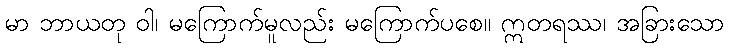
မာ ဘာယတု ဝါ၊ မကြောက်မူလည်း မကြောက်ပစေ။ ဣတရဿ၊ အခြားသော